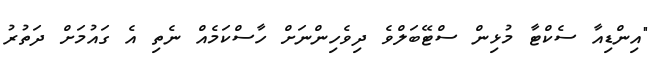
"އިންޑިއާ ސެކްޓާ މުޅިން ސްޓޭބަލްވެ ދިވެހިންނަށް ހާސްކަމެއް ނެތި އެ ގައުމަށް ދަތުރު